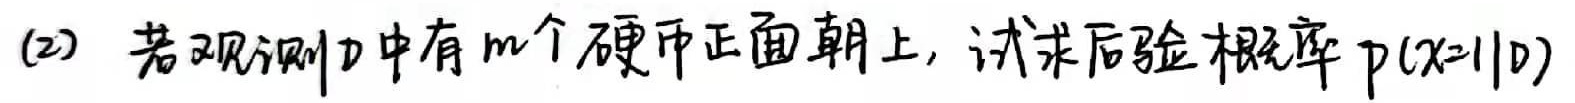
(2) 若观测\(D\)中有\(m\)个硬币正面朝上，试求后验概率\(p(x = 1|D)\)